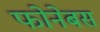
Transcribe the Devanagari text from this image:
फोनेबस